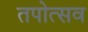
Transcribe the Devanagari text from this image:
तपोत्सव